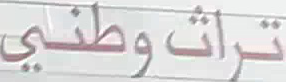
تراث وطني